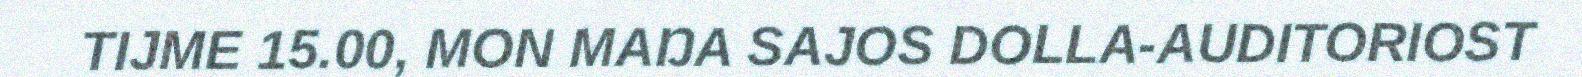
TIJME 15.00, MON MAŊA SAJOS DOLLA-AUDITORIOST